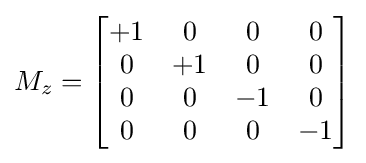
M_{z}={\begin{bmatrix}+1&0&0&0\\0&+1&0&0\\0&0&-1&0\\0&0&0&-1\end{bmatrix}}